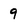
Character: 9